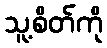
သူ့စိတ်ကို